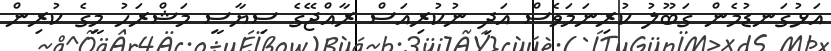
އަޅުގަނޑުމެން ގަބޫލު ކުރިނަމަވެސް އަދި ނުކުރިއަސް ރާއްޖޭގެ ސިޔާސީ މަޝްރަހު މީގެ ކުރިން